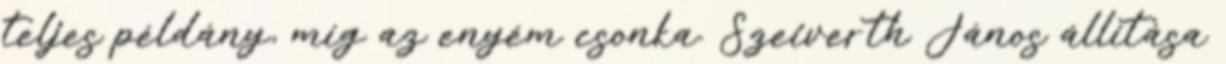
teljes példány, míg az enyém csonka. Szeiverth János állítása